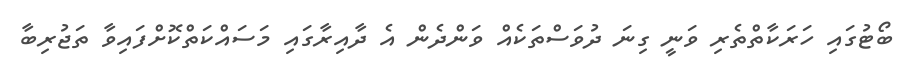
ބޯޓުގައި ހަރަކާތްތެރި ވަނީ ގިނަ ދުވަސްތަކެއް ވަންދެން އެ ދާއިރާގައި މަސައްކަތްކޮށްފައިވާ ތަޖުރިބާ